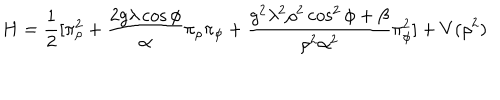
H = \frac { 1 } { 2 } [ \pi _ { \rho } ^ { 2 } + \frac { 2 g \lambda \cos \phi } { \alpha } \pi _ { \rho } \pi _ { \phi } + \frac { g ^ { 2 } \lambda ^ { 2 } \rho ^ { 2 } \cos ^ { 2 } \phi + \beta } { \rho ^ { 2 } \alpha ^ { 2 } } \pi _ { \phi } ^ { 2 } ] + V ( \rho ^ { 2 } )